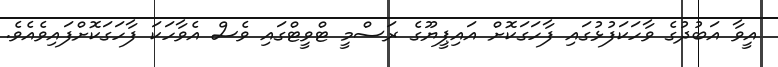
އީވާ އަބުދުގެ ވާހަކަފުޅުގައި ފާހަގަކޮށް އައިޕީޔޫގެ ރަސްމީ ޓްވީޓްގައި ވެސް އެވާހަކަ ފާހަގަކޮށްފައިވެއެވެ.